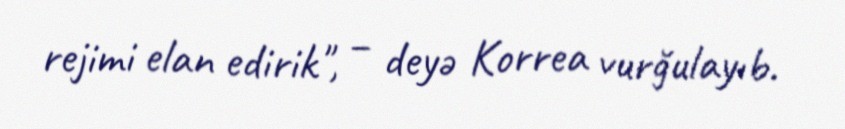
rejimi elan edirik", – deyə Korrea vurğulayıb.